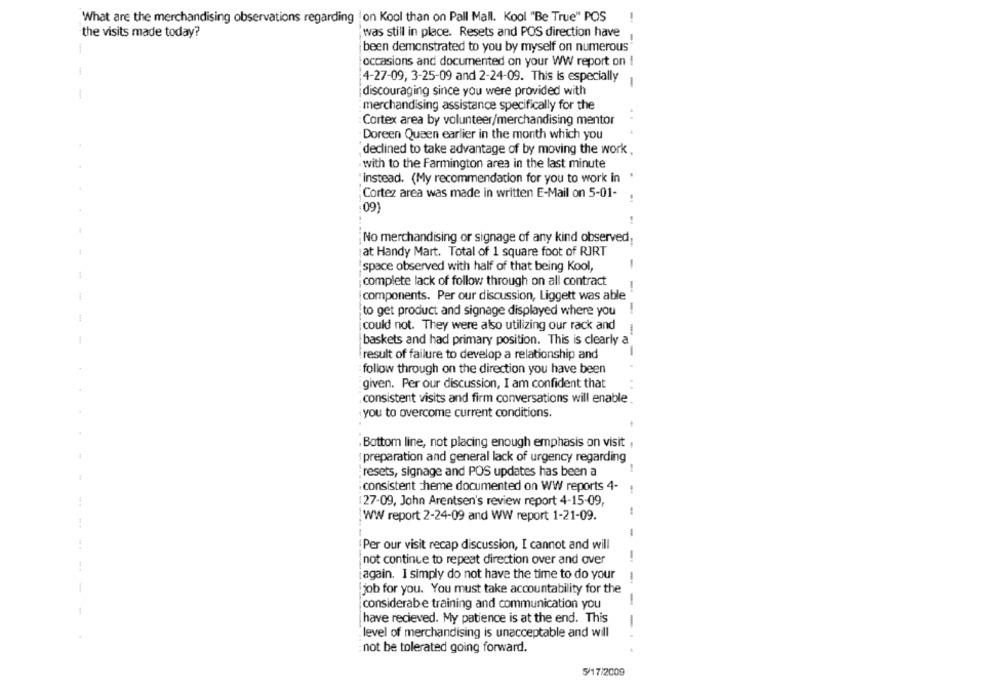
What are the merchandising observations regarding |on Kool than on Pall Mall. Kool "Be True" POS
-
the visits made today?
was still in place. Resets and POS direction have
been demonstrated to you by myself on numerous
-
occasions and documented on your WW report on !
4-27-09, 3-25-09 and 2-24-09. This is especially
1
discouraging since you were provided with
merchandising assistance specifically for the
Cortex area by volunteer/merchandising mentor
Doreen Queen earlier in the month which you
declined to take advantage of by moving the work .
with to the Farmington area in the last minute
"instead. (My recommendation for you to work in
Cortez area was made in written E-Mail on 5-01-
09)
No merchandising or signage of any kind observed,
at Handy Mart. Total of 1 square foot of RIRT
"space observed with half of that being Kool,
-
complete lack of follow through on all contract
-
components. Per our discussion, Liggett was able
to get product and signage displayed where you
could not. They were also utilizing our rack and
baskets and had primary position. This is clearly a
-
result of failure to develop a relationship and
follow through on the direction you have been
given. Per our discussion, I am confident that
consistent visits and firm conversations will enable
you to overcome current conditions.
. Bottom line, not placing enough emphasis on visit ,
: preparation and general lack of urgency regarding
..........
;resets, signage and POS updates has been a
consistent theme documented on WW reports 4-
127-09, John Arentsen's review report 4-15-09,
-
WW report 2-24-09 and WW report 1-21-09.
-
Per our visit recap discussion, I cannot and will
not continue to repeat direction over and over
-
iagain. I simply do not have the time to do your
-
job for you. You must take accountability for the
-
considerabe training and communication you
[have recieved. My patience is at the end. This
-
'level of merchandising is unacceptable and will
: not be tolerated going forward.
5/17/2009